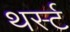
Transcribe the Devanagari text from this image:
थर्स्ट